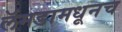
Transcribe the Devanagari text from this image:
लॅमडामधूनच